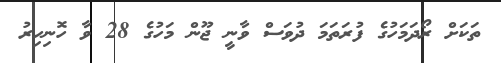
ތަކަށް ރޯދަމަހުގެ ފުރަތަމަ ދުވަސް ވާނީ ޖޫން މަހުގެ 28 ވާ ހޮނިހިރު